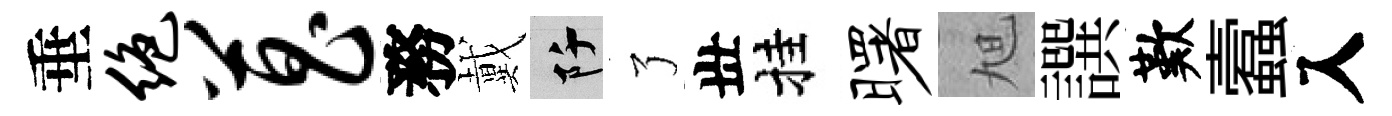
垂绝菖務戴阡了丗挂曙旭譔歎蠧入